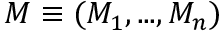
M \equiv ( M _ { 1 } , . . . , M _ { n } )